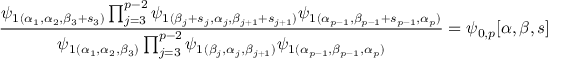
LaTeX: \frac { \psi _ { 1 } { } _ { ( \alpha _ { 1 } , \alpha _ { 2 } , \beta _ { 3 } + s _ { 3 } ) } \prod _ { j = 3 } ^ { p - 2 } \psi _ { 1 } { } _ { ( \beta _ { j } + s _ { j } , \alpha _ { j } , \beta _ { j + 1 } + s _ { j + 1 } ) } \psi _ { 1 } { } _ { ( \alpha _ { p - 1 } , \beta _ { p - 1 } + s _ { p - 1 } , \alpha _ { p } ) } } { \psi _ { 1 } { } _ { ( \alpha _ { 1 } , \alpha _ { 2 } , \beta _ { 3 } ) } \prod _ { j = 3 } ^ { p - 2 } \psi _ { 1 } { } _ { ( \beta _ { j } , \alpha _ { j } , \beta _ { j + 1 } ) } \psi _ { 1 } { } _ { ( \alpha _ { p - 1 } , \beta _ { p - 1 } , \alpha _ { p } ) } } = \psi _ { 0 , p } [ \alpha , \beta , s ]